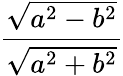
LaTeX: \frac{\sqrt{a^{2}-b^{2}}}{\sqrt{a^{2}+b^{2}}}